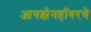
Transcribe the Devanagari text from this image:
आयझेनहॉवरचे